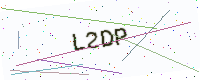
Text: L2DP